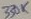
Text: 330K